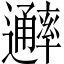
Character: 𨙖